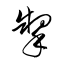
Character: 掣